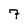
Character: 7